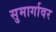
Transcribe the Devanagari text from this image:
सुमार्गावर